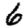
Digit: 6